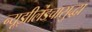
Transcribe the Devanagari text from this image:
न्यूझीलंडचासुद्धा